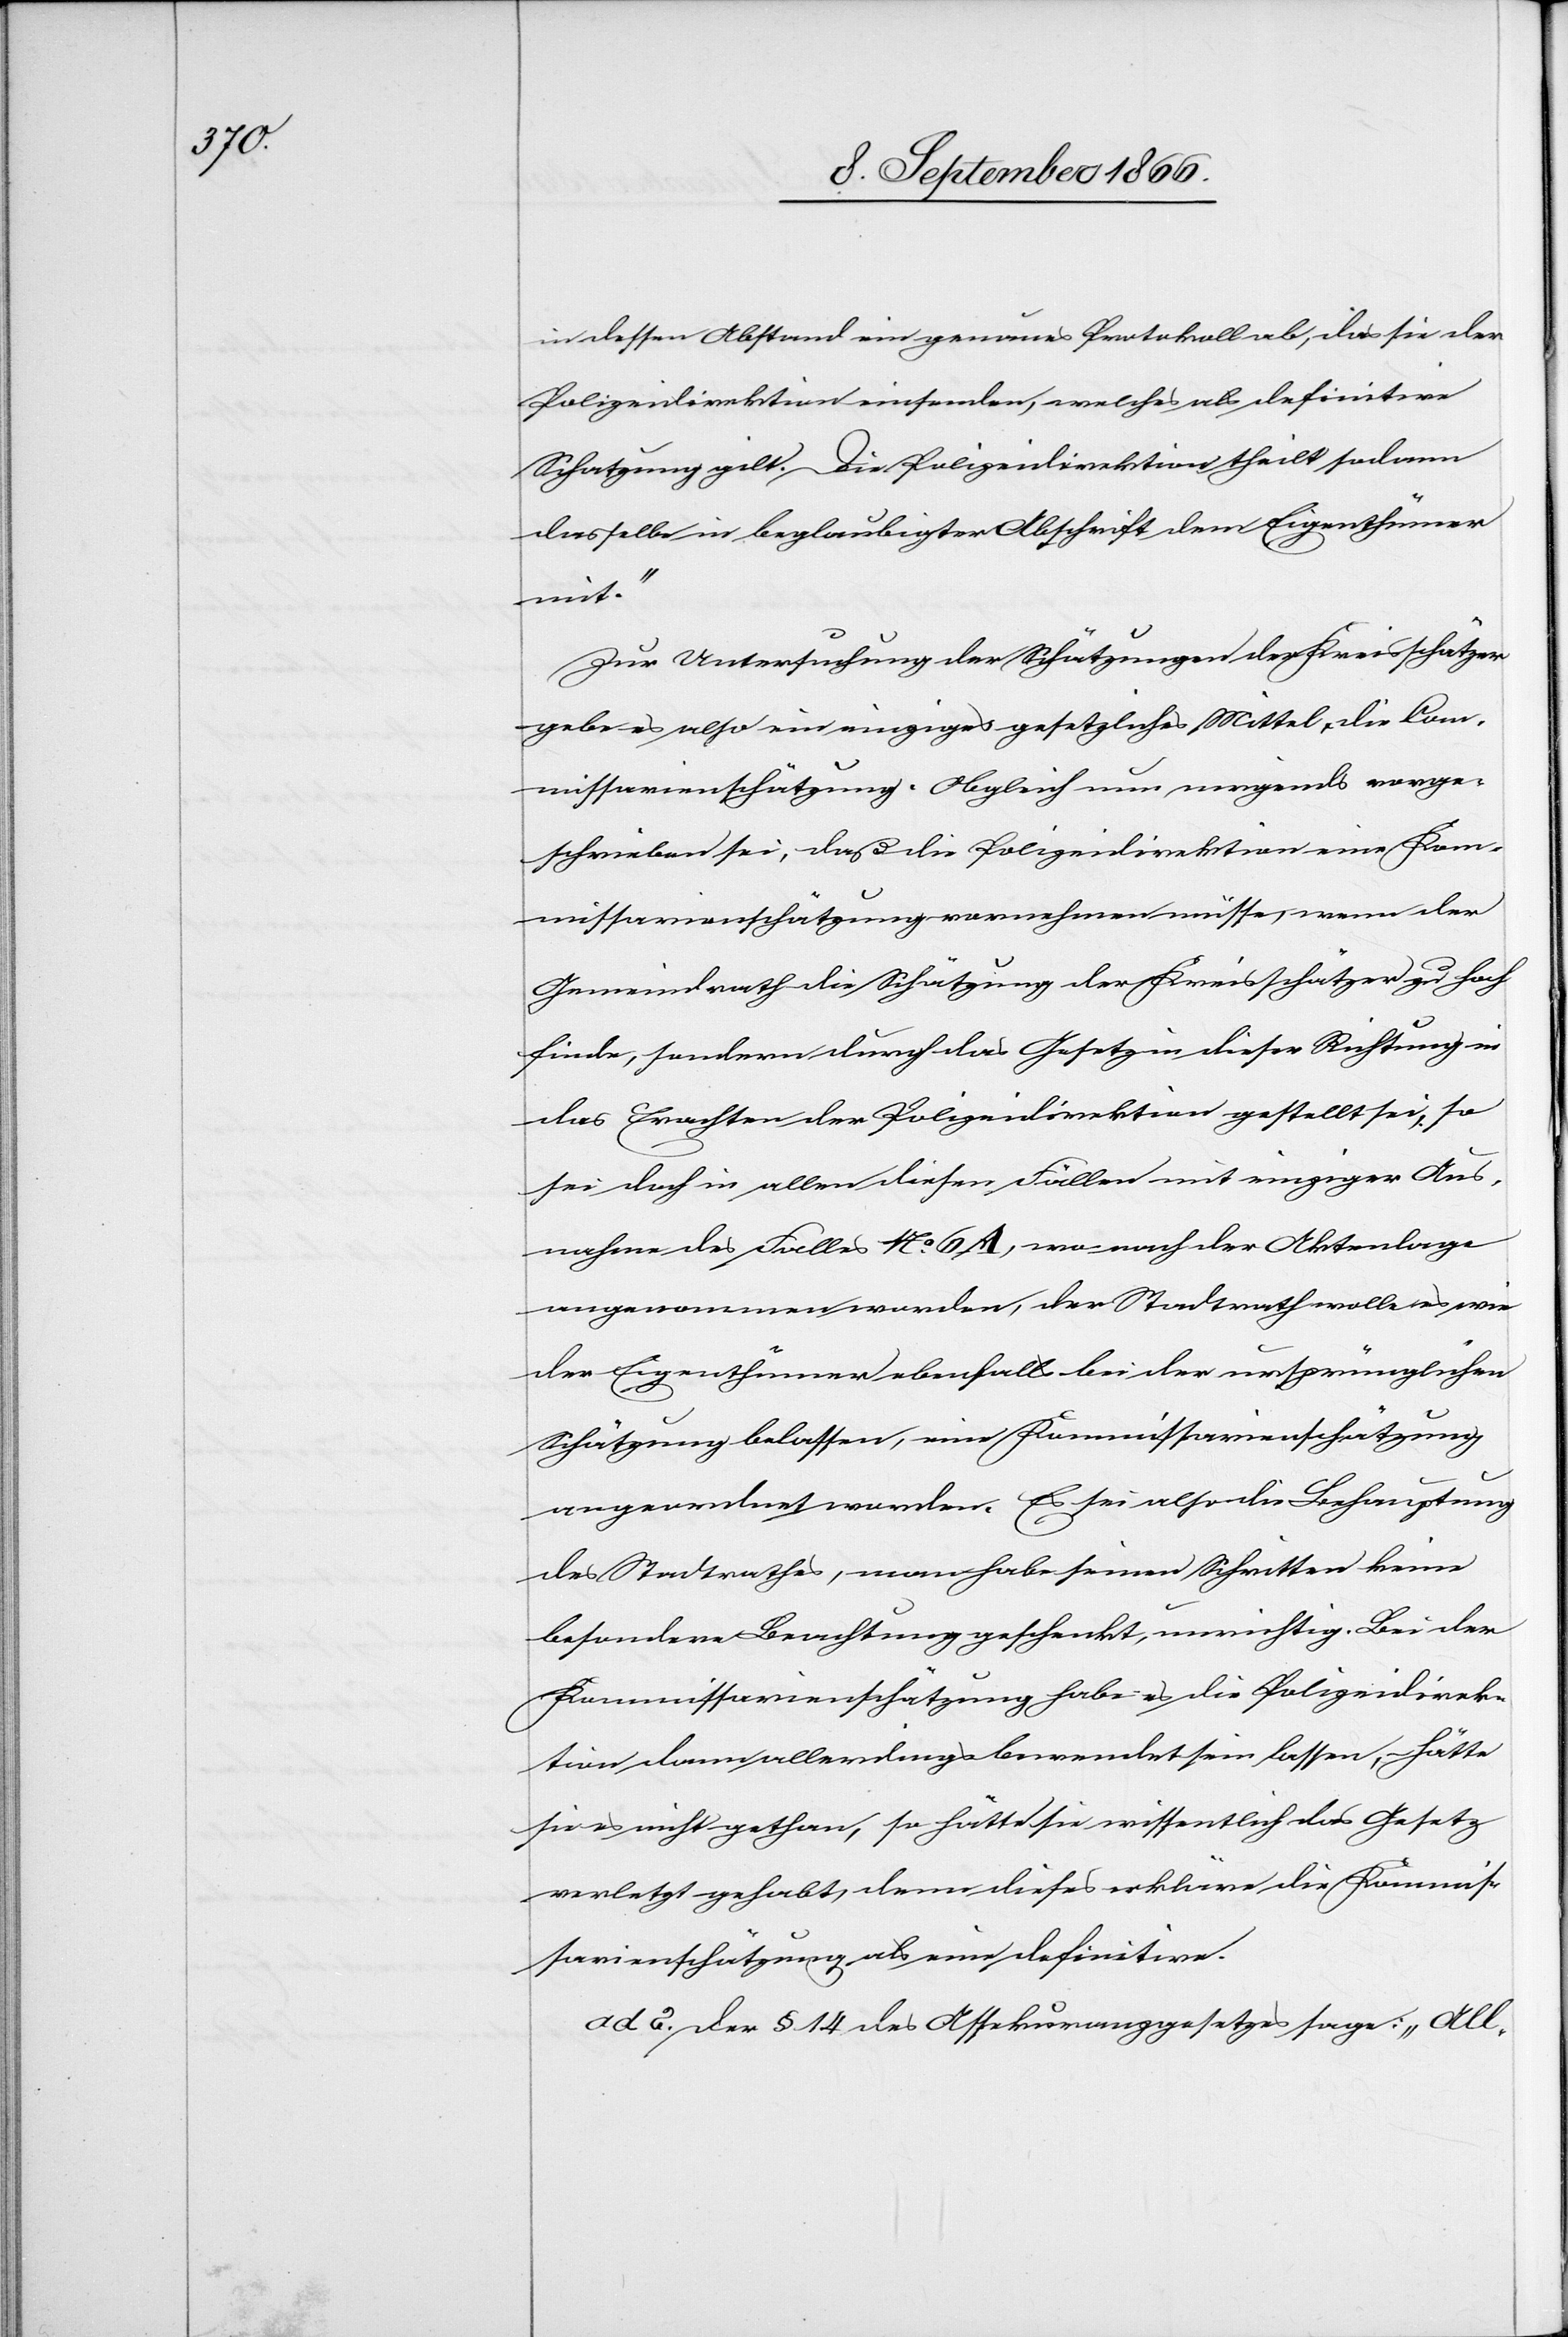
in dessen Abstand ein genaues Protokoll ab, das sie der
Polizeidirektion einsenden, welches als definitive
Schatzung gilt. Die Polizeidirektion theilt sodann
dasselbe in beglaubigter Abschrift dem Eigenthümer
mit.“
Zur Untersuchung der Schätzungen der Kreisschätzer
gebe es also ein einziges gesetzliches Mittel, die Com¬
missarienschätzung. Obgleich nun nirgends vorge¬
schrieben sei, daß die Polizeidirektion eine Kom¬
missarienschätzung vornehmen müsse, wenn der
Gemeindrath die Schätzung der Kreisschätzer zu hoch
finde, sondern durch das Gesetz in dieser Richtung in
das Erachten der Polizeidirektion gestellt sei, so
sei doch in allen diesen Fällen mit einziger Aus¬
nahme des Falles No. 6 A, wo nach der Aktenlage
angenommen worden, der Stadtrath wolle es wie
der Eigenthümer ebenfalls bei der ursprünglichen
Schätzung belassen, eine Kommissarienschätzung
angeordnet worden. Es sei also die Behauptung
des Stadtrathes, man habe seinen Schritten keine
besondere Beachtung geschenkt, unrichtig. Bei der
Kommissarienschätzung habe es die Polizeidirek¬
tion dann allerdings bewendet sein lassen, hätte
sie es nicht gethan, so hätte sie wissentlich das Gesetz
verletzt gehabt, denn dieses erkläre die Kommis¬
sarienschätzung als eine definitive.
ad 2. Der § 14 des Assekuranzgesetzes sage: „All-